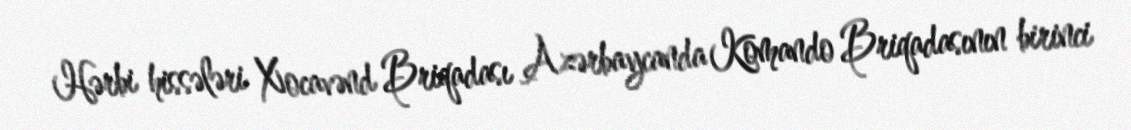
Hərbi hissələri Xocavənd Briqadası Azərbaycanda Komando Briqadasının birinci